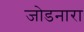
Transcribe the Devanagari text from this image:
जोडनारा